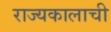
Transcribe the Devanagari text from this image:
राज्यकालाची